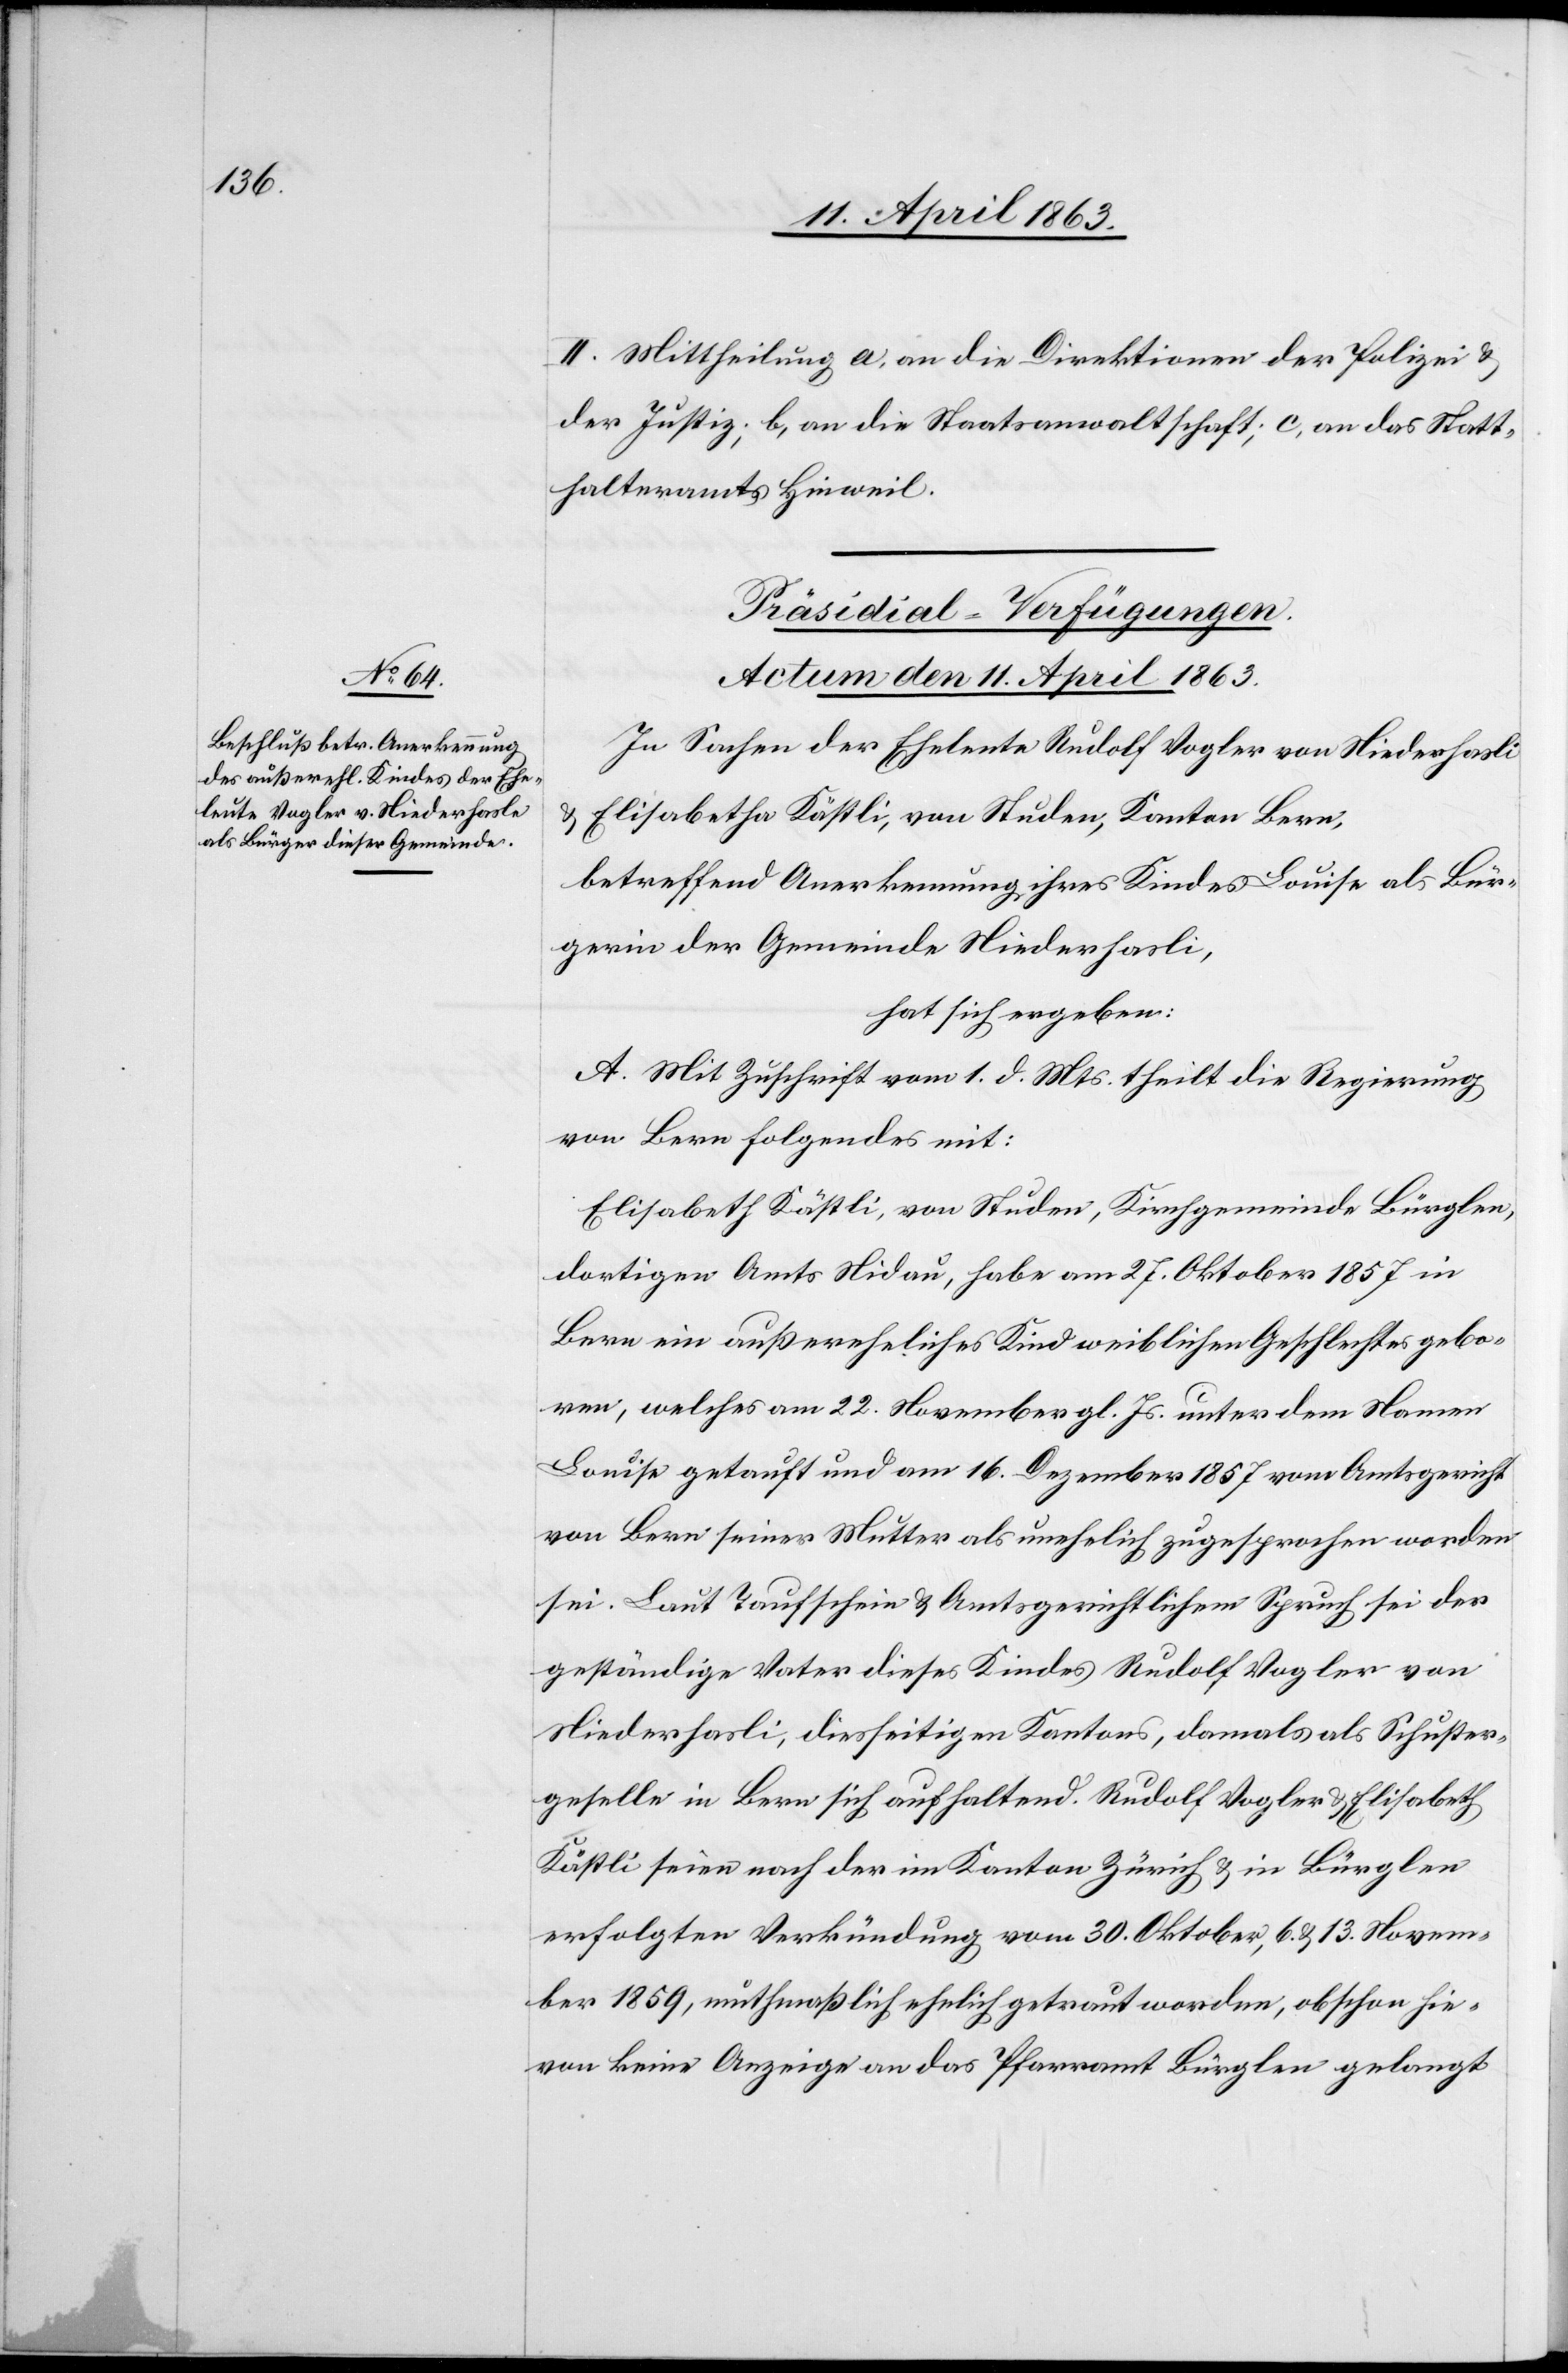
II. Mittheilung a) an die Direktionen der Polizei &
der Justiz; b) an die Staatsanwaltschaft; c) an das Statt¬
halteramt Hinweil.
Präsidial-Verfügungen.
Actum den 11. April 1863.
In Sachen der Eheleute Rudolf Vogler von Niederhasli
& Elisabetha Kästli, von Studen, Kanton Bern,
betreffend Anerkennung ihres Kindes Louise als Bür¬
gerin der Gemeinde Niederhasli,
hat sich ergeben:
A. Mit Zuschrift vom 1. d. Mts. theilt die Regierung
von Bern folgendes mit:
Elisabeth [sic!] Kästli, von Studen, Kirchgemeinde Bürglen,
dortigen Amts Nidau, habe am 27. Oktober 1857 in
Bern ein außereheliches Kind weiblichen Geschlechtes gebo¬
ren, welches am 22. November gl. Js. unter dem Namen
Louise getauft und am 16. Dezember 1857 vom Amtsgericht
von Bern seiner Mutter als unehelich zugesprochen worden
sei. Laut Taufschein & Amtsgerichtlichem Spruch sei der
geständige Vater dieses Kindes Rudolf Vogler von
Niederhasli, diesseitigen Kantons, damals als Schuster¬
geselle in Bern sich aufhaltend. Rudolf Vogler & Elisabeth
Kästli seien nach der im Kanton Zürich & in Bürglen
erfolgten Verkündung vom 30. Oktober, 6. & 13. Novem¬
ber 1859, muthmaßlich ehelich getraut worden, obschon hie¬
von keine Anzeige an das Pfarramt Bürglen gelangt